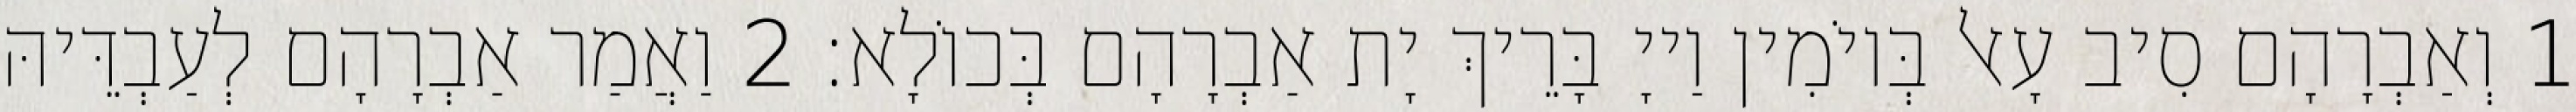
1 וְאַבְרָהָם סִיב עָאל בְּיוֹמִין וַייָ בָּרֵיךְ יָת אַבְרָהָם בְּכוֹלָא׃ 2 וַאֲמַר אַבְרָהָם לְעַבְדֵּיהּ